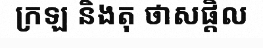
ក្រឡ និងតុ ថាសផ្តិល